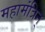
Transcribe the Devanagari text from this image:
महामंत्रिन्‌